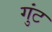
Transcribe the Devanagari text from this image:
गुंट